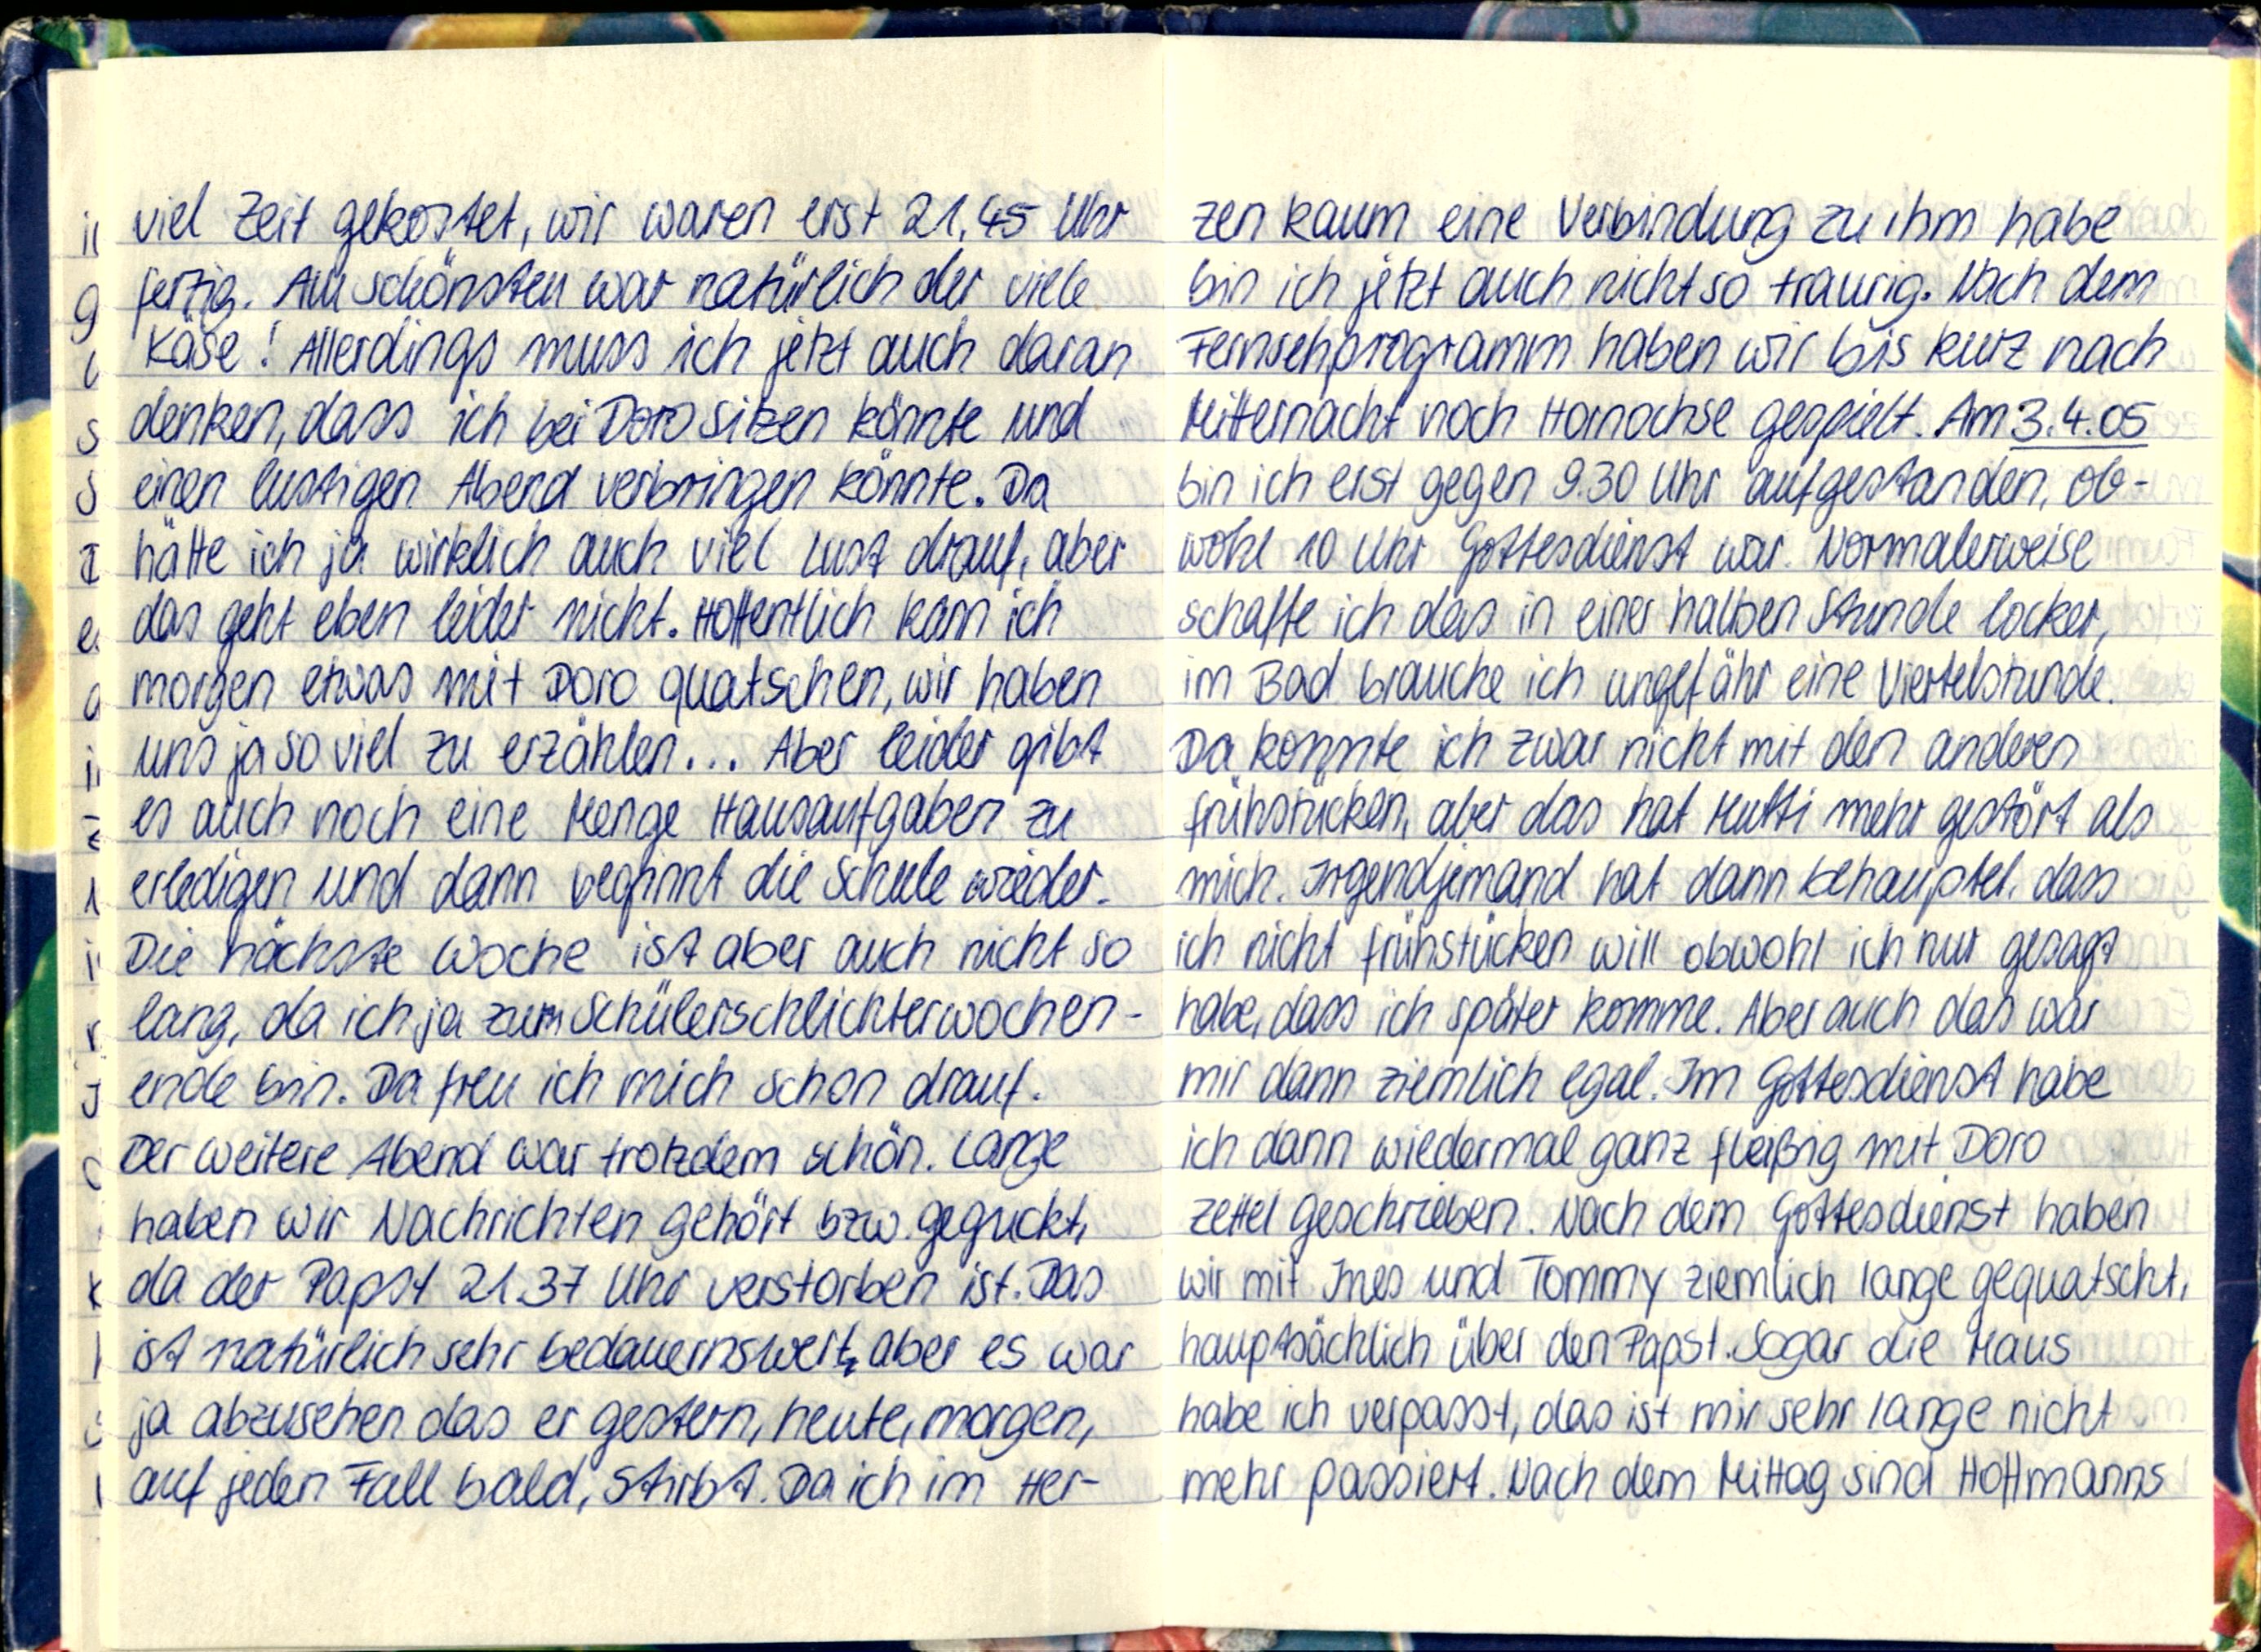
viel Zeit gekostet, wir waren erst 21.45 Uhr
fertig. Am schönsten war natürlich der viele
Käse! Allerdings muss ich jetzt auch daran
denken, dass ich bei Doro sitzen könnte und
einen lustigen Abend verbringen könnte. Da
hätte ich ja wirklich auch viel Lust drauf, aber
das geht eben leider nicht. Hoffentlich kann ich
morgen etwas mit Doro quatschen, wir haben
uns ja so viel zu erzählen... Aber leider gibt
es auch noch eine Menge Hausaufaben zu
erledigen und dann beginnt die Schule wieder.
Die nächste Woche ist aber auch nicht so
lang, das ich ja zum Schülerschlichterwochen-
ende bin. Da freu ich mich schon drauf.
Der weitere Abend war trotzdem schön. Lange
haben wir Nachrichten gehört bzw. geguckt,
da der Papst 21.37 Uhr verstorben ist. Das
ist natürlich sehr bedauernswert, aber es war
ja abzusehen das er gestern, heute, morgen,
auf jeden Fall bald, stirbt. Da ich im Her-

zen kaum eine Verbindung zu ihm habe
bin ich jetzt auch nicht so traurig. Nach dem
Fernsehprogramm haben wir bis kurz nach
Mitternacht noch Hornochse gespielt. Am 3.4.05
bin ich erst gegen 9.30 Uhr aufgestanden, ob
wohl 10 Uhr Gottesdienst war. Normalerweise
schaffe ich das in einer halben Stunde locker,
im Bad brauche ich ungefähr eine Viertelstunde.
Da konnte ich zwar niht mit den anderen
frühstücken, aber das hat Mutti mehr gestört als
mich. Irgendjemand hat dann behauptet, dass
ich nicht frühstücken will obwohl ich nur gesagt
habe, dass ich später komme. Aber auch das war
mir dann ziemlich egal. Im Gottesdienst habe
ich dann wiedermal ganz fleißig mit Doro
Zettel geschrieben. Nach dem Gottesdienst haben
wir mit Ines und Tommy ziemlich lange gequatscht,
hauptsächlich über den Papst. Sogar die Maus
habe ich verpasst, dass ist mir sehr lange nicht
mehr passiert. Nach dem Mittag sind Hoffmanns